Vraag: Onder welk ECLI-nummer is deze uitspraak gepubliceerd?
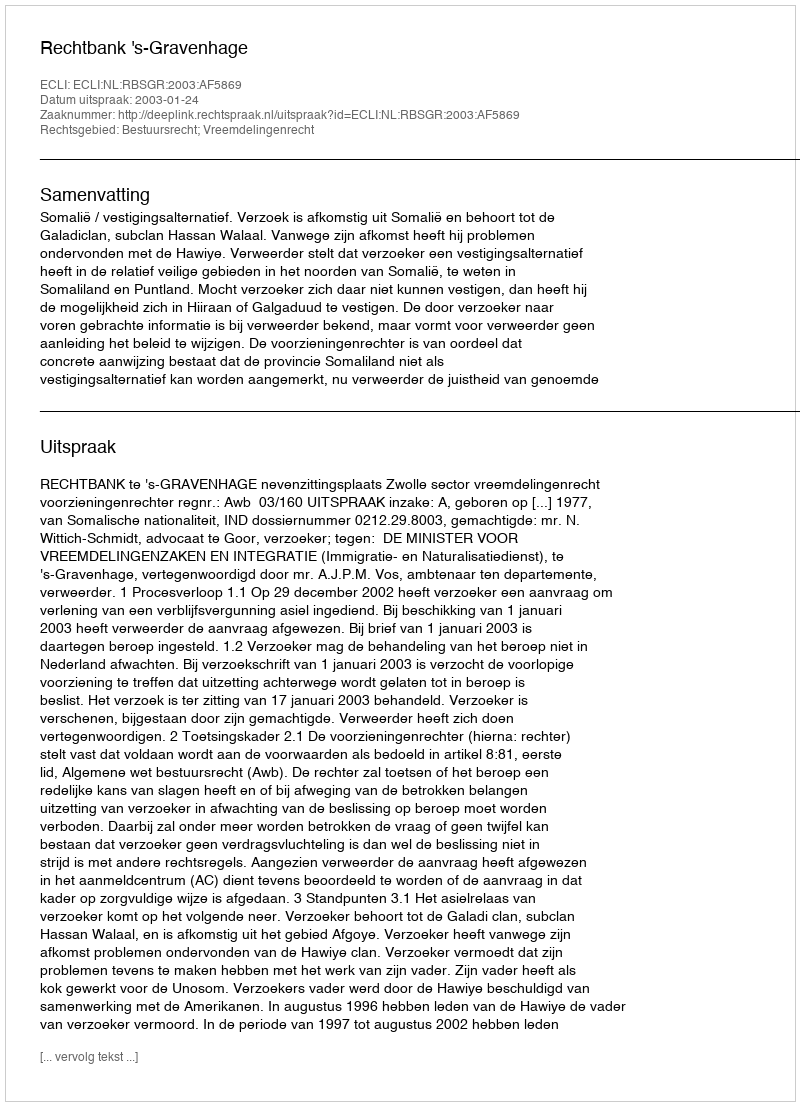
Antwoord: ECLI:NL:RBSGR:2003:AF5869